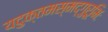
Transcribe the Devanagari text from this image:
यदुक्तमस्मद्गुरूभिः